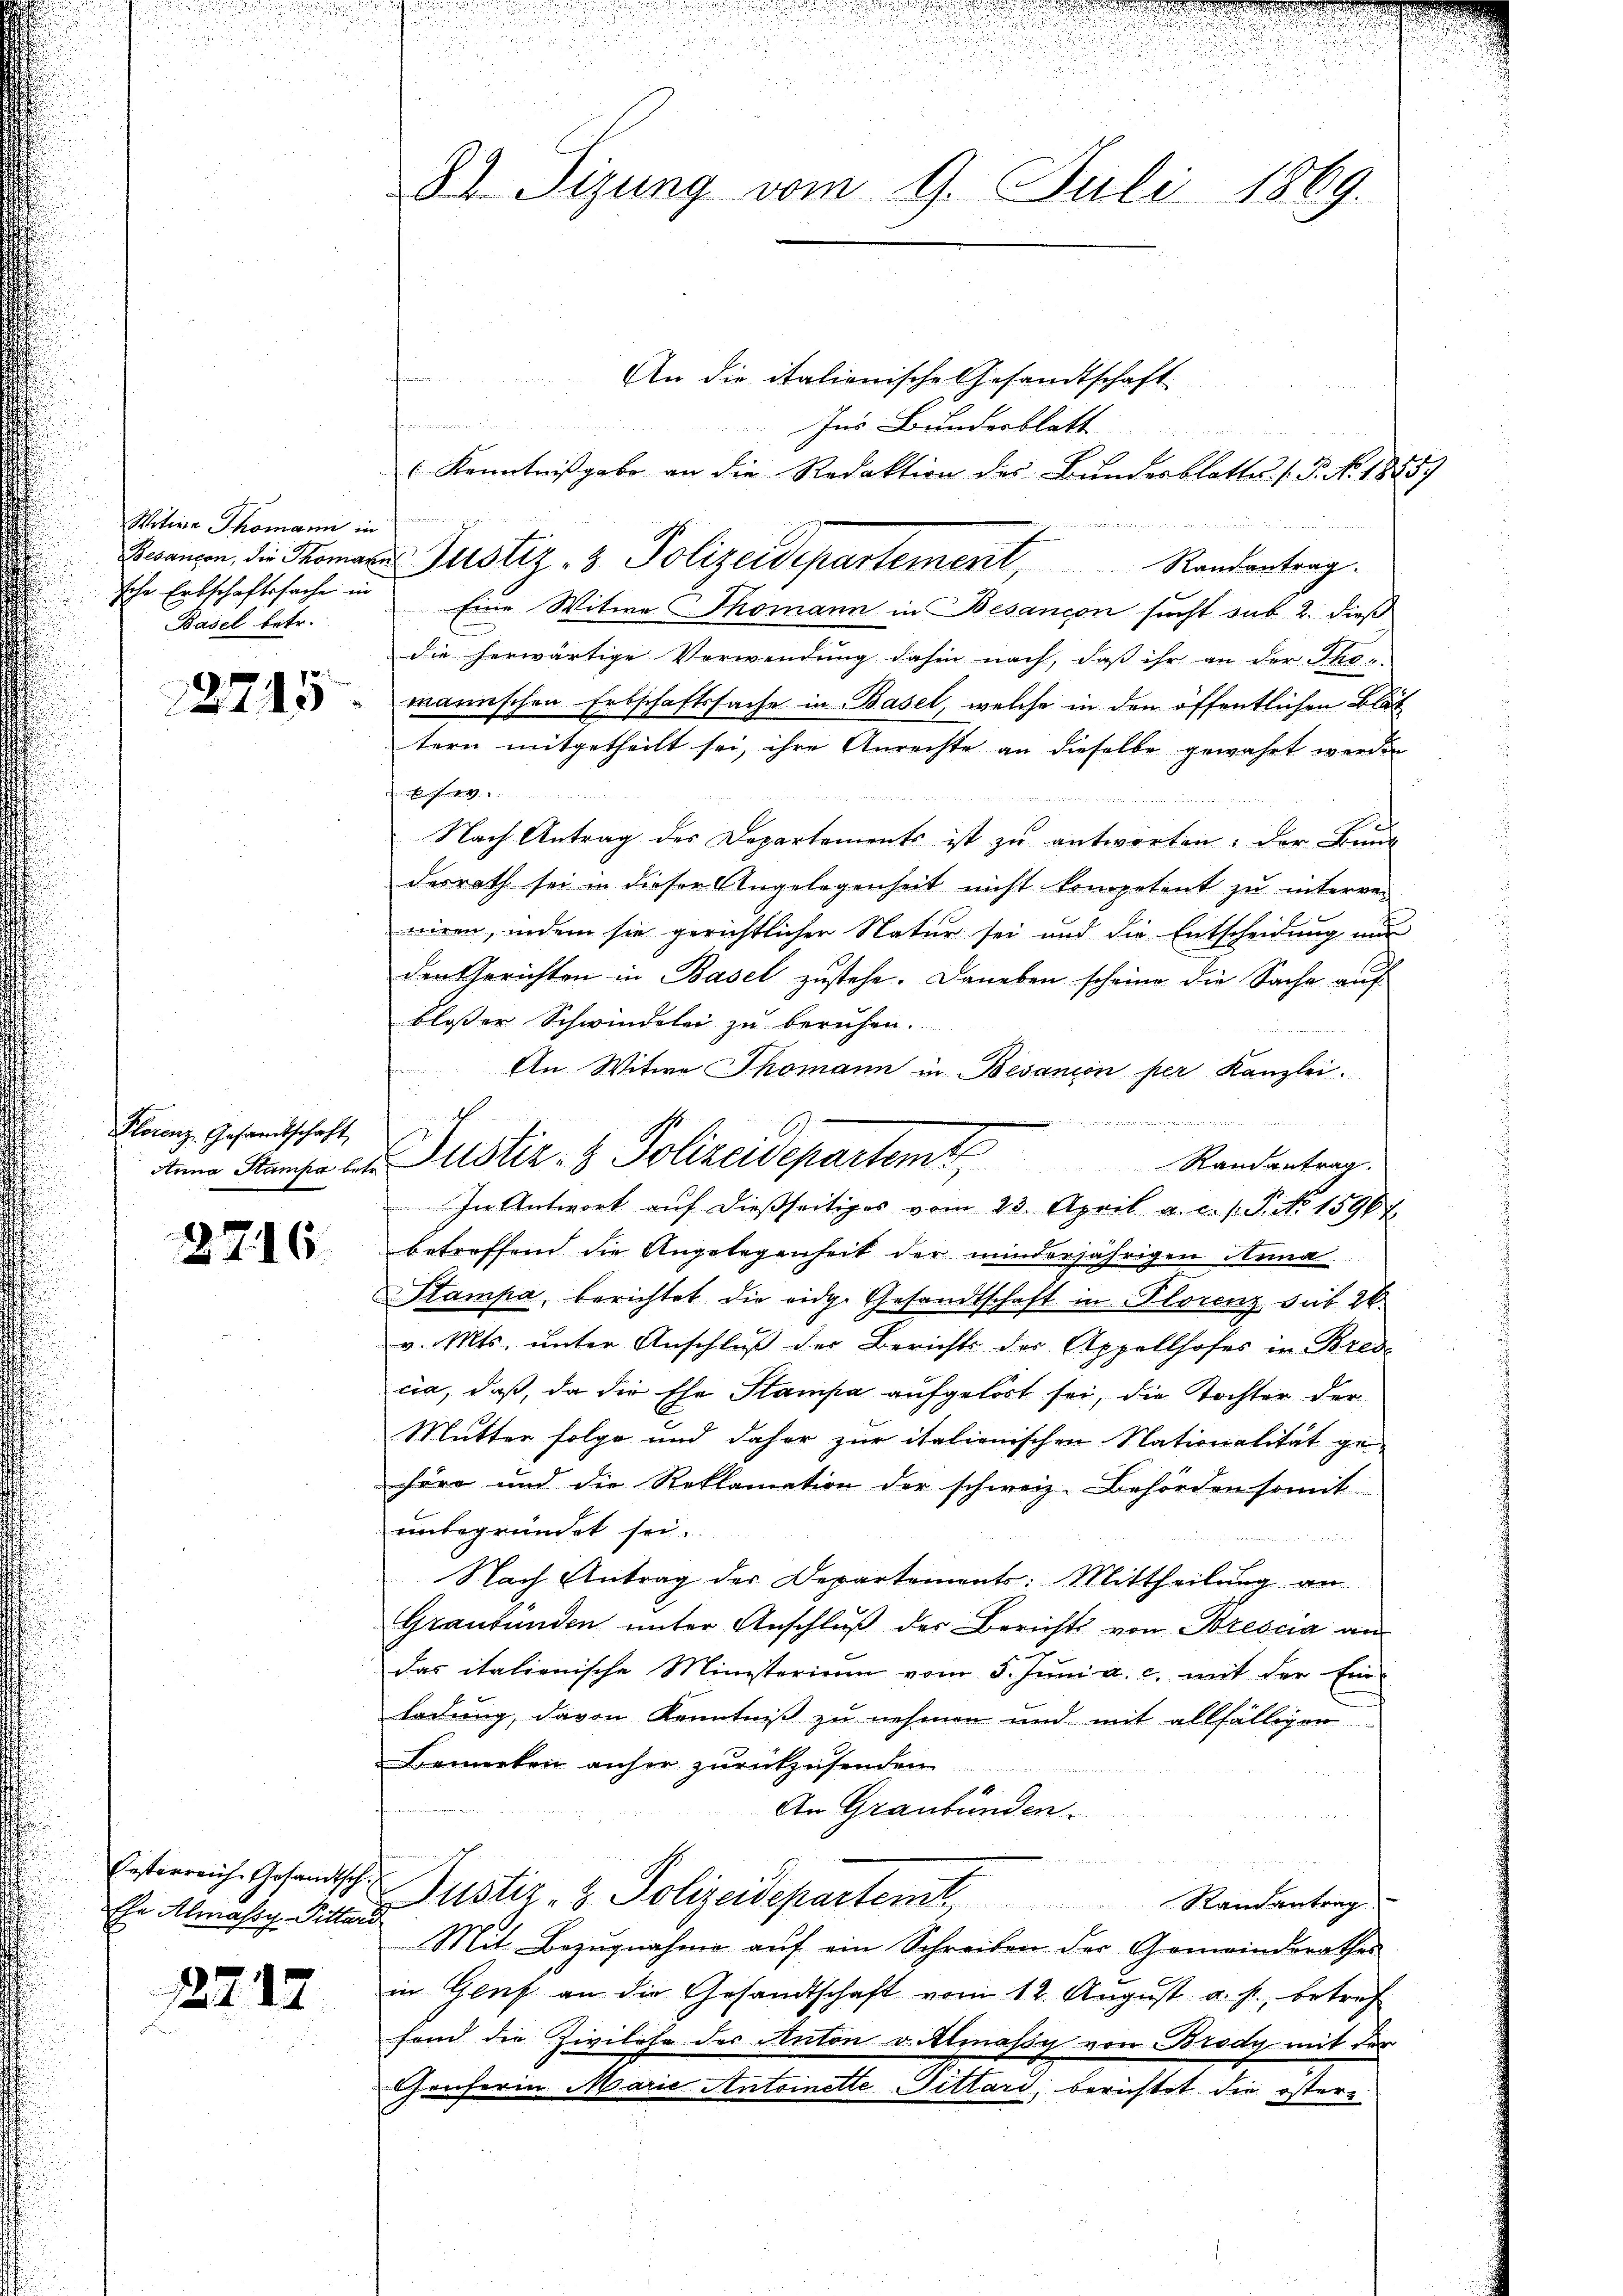
Witive Thomann in
sche Erbschaftssache in
Basel betr.

12745

Plorenz. Gesamtschaft

2716.

Oesterreiche Gesandtsch.
Ehe Almassy-Pitter

2712.

.
82. Sizung vom 9. Juli 1869.

An die italienische Gesandtschaft
n
Ins Bundesblatt
u
( Kenntnißgabe an die Redaktion des Bŭndesblatte. (T. No. 1885
g
Brrangen, die Tomann Justiz- & Polizeidepartement, Randantrag
Eine Witwe Thomann in Besançon sucht sub 2. dieß
die herwärtige Verwendung dahin nach, daß ihr an der Tho-
männischen Erbschaftssache in Basel, welche in den öffentlichen Blät
tern mitgetheilt sei, ihre Anrechte an dieselbe gewährt werden
einrichten einen in ein
Nach Antrag des Departements ist zu antworten: der Bund
desrath sei in dieser Angelegenheit nicht kompetent zu interren
niren, indem sie gerichtlichen Natur sei und die Entscheidung nu
den Gerichten in Basel zustehe. Daneben scheine die Sache auf
blosser Schwindelei zu beruhen.
An Witwe Thomann in Besanion per Kanzlei.
e
den Kanze der Justiz- & Polizeidepartemt. Randantrag.
In Antwort auf dießseitiges vom 23. April a. c. s. S. No 15967
betreffend die Angelegenheit der minderjährigen Anna
Stampa, berichtet die eidg. Gesandtschaft in Florenz sub 26.
v. Mts. unter Anschluß der Berichts der Appellhofes in Bred
cia, daß, da die Ehe Stampa aufgelöst sei, die Tochter der
Mutter folge und daher zur italienischen Nationalität ge-
höre und die Reklamation der schweiz. Behörden somit
unbegründet sei.

Nach Antrag der Departements: Mittheilung an
Graubünden ŭnter Anschlŭβ der Berichts von Brescia an
das italienische Ministerium vom 5. Juni a. c. mit der Ein-
ladung, davon Kenntniß zu nehmen und mit allfälligen
Bemerken anher zurückzusenden.
An Graubünden.
Justiz & Polizeidepartet. Standentrag
¬
Mit Bezŭgnahme aŭf ein Schreiben der Gemeindsrathes
in Glas an die Gesandtschaft vom 12. August u. s. betref
fond die Zivilehe des Anton v. Einäsig von Brody mit der
Grüferin Marie Antoinette Fittari, berichtet die öster

f